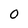
Character: 0